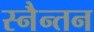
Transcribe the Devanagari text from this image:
स्नैन्तन